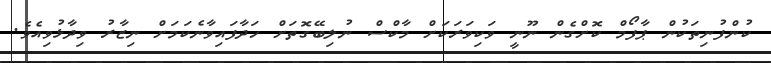
ކުންފުނިތަކުން ޕާފޯމް ކޮށްގެން ނޫނީ ވަކިވަރަކަށް މާކްސް ނުލިބޭގޮތަށް ހަދާފައިވާނެކަމަށް ނިޒާރު ވިދާޅުވިއެވެ.